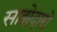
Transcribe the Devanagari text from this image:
साझेदारो